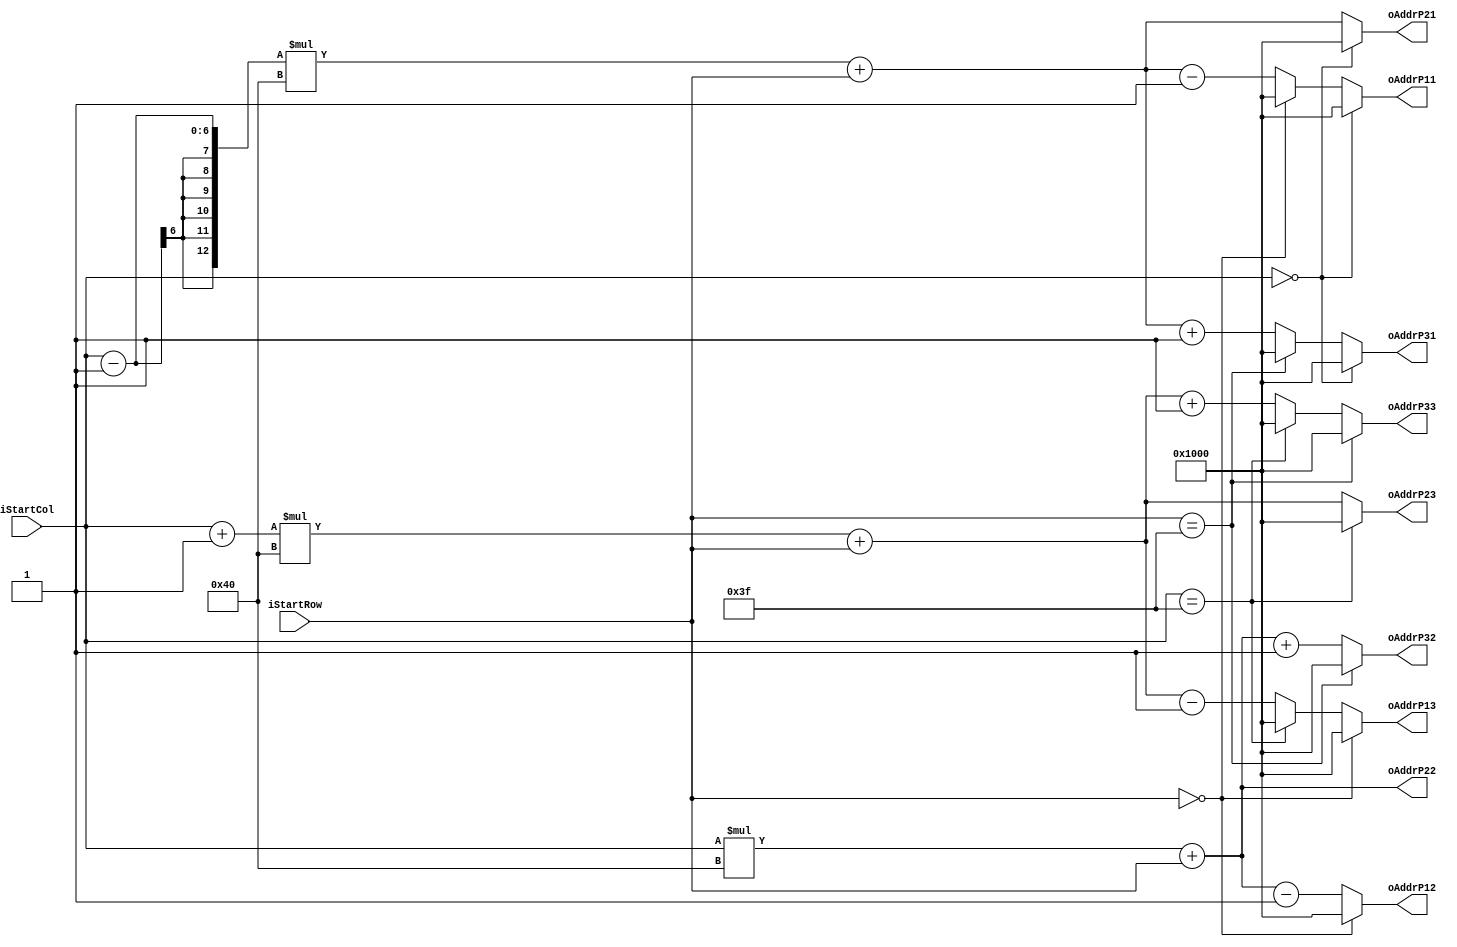

module AddrDecoder(

	input [5:0] iStartRow,
	input [5:0] iStartCol,

	output [12:0] oAddrP11, oAddrP12, oAddrP13,
	output [12:0] oAddrP21, oAddrP22, oAddrP23,
	output [12:0] oAddrP31, oAddrP32, oAddrP33
);

	assign oAddrP11 = (iStartCol == 6'd0)? 13'd4096 : ((iStartRow == 6'd0)? 13'd4096 : (((iStartCol - 1'b1) * 7'd64) + iStartRow - 1'b1 ));
	assign oAddrP12 = (iStartRow == 6'd0)? 13'd4096 : (iStartCol * 7'd64 + iStartRow - 1'b1);
	assign oAddrP13 = (iStartRow == 6'd0)? 13'd4096 : ((iStartCol == 6'd63)? 13'd4096 : ((iStartCol + 1'b1)* 7'd64) + iStartRow - 1'b1 );

	assign oAddrP21 = (iStartCol == 6'd0)? 13'd4096 : ( (iStartCol - 1'b1)* 7'd64 + iStartRow  );
	assign oAddrP22 = iStartCol* 7'd64 + iStartRow ;
	assign oAddrP23 = (iStartCol == 6'd63)? 13'd4096 : ( (iStartCol + 1'b1 )* 7'd64 + iStartRow  );

	assign oAddrP31 = (iStartCol == 6'd0)? 13'd4096 : ((iStartRow == 6'd63)? 13'd4096 : (((iStartCol - 1'b1) * 7'd64) + iStartRow + 1'b1 ));
	assign oAddrP32 = (iStartRow == 6'd63)? 13'd4096 : (iStartCol * 7'd64 + iStartRow + 1'b1);
	assign oAddrP33 = (iStartRow == 6'd63)? 13'd4096 : ((iStartCol == 6'd63)? 13'd4096 : ((iStartCol + 1'b1)* 7'd64) + iStartRow + 1'b1 );

endmodule